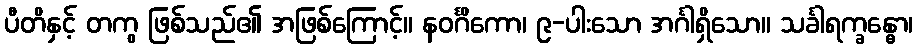
ပီတိနှင့် တကွ ဖြစ်သည်၏ အဖြစ်ကြောင့်။ နဝင်္ဂိကော၊ ၉-ပါးသော အင်္ဂါရှိသော။ သင်္ခါရက္ခန္ဓော၊